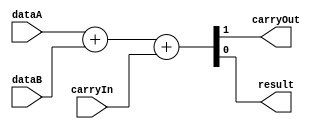
/******************************************************************************
 ** Logisim-evolution goes FPGA automatic generated Verilog code             **
 ** https://github.com/logisim-evolution/                                    **
 **                                                                          **
 ** Component : Adder                                                        **
 **                                                                          **
 *****************************************************************************/

module Adder( carryIn,
              carryOut,
              dataA,
              dataB,
              result );

   /*******************************************************************************
   ** Here all module parameters are defined with a dummy value                  **
   *******************************************************************************/
   parameter extendedBits = 1;
   parameter nrOfBits = 1;

   /*******************************************************************************
   ** The inputs are defined here                                                **
   *******************************************************************************/
   input                carryIn;
   input [nrOfBits-1:0] dataA;
   input [nrOfBits-1:0] dataB;

   /*******************************************************************************
   ** The outputs are defined here                                               **
   *******************************************************************************/
   output                carryOut;
   output [nrOfBits-1:0] result;

   /*******************************************************************************
   ** The wires are defined here                                                 **
   *******************************************************************************/
   wire [extendedBits-1:0] s_extendedDataA;
   wire [extendedBits-1:0] s_extendedDataB;
   wire [extendedBits-1:0] s_sumResult;

   /*******************************************************************************
   ** The module functionality is described here                                 **
   *******************************************************************************/
   assign   {carryOut, result} = dataA + dataB + carryIn;

endmodule